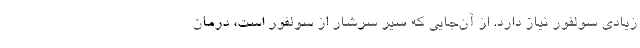
زیادی سولفور نیاز دارد. از آن‌جایی که سیر سرشار از سولفور است، درمان